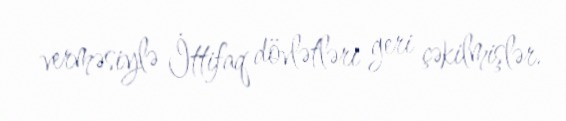
verməsiylə İttifaq dövlətləri geri çəkilmişlər.